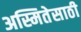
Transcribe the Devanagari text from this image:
अस्मितेसाठी